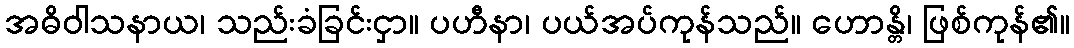
အဓိဝါသနာယ၊ သည်းခံခြင်းငှာ။ ပဟီနာ၊ ပယ်အပ်ကုန်သည်။ ဟောန္တိ၊ ဖြစ်ကုန်၏။